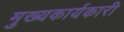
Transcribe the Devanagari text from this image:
मुख्यकार्यकारी